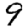
Digit: 9